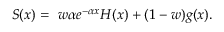
\begin{array} { r } { S ( x ) = \ w \alpha e ^ { - \alpha x } H ( x ) + ( 1 - w ) g ( x ) . } \end{array}